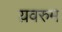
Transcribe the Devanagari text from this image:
य़वरुम